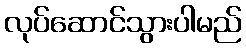
လုပ်ဆောင်သွားပါမည်